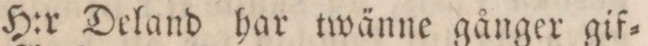
H:r Deland har twänne gånger gif=